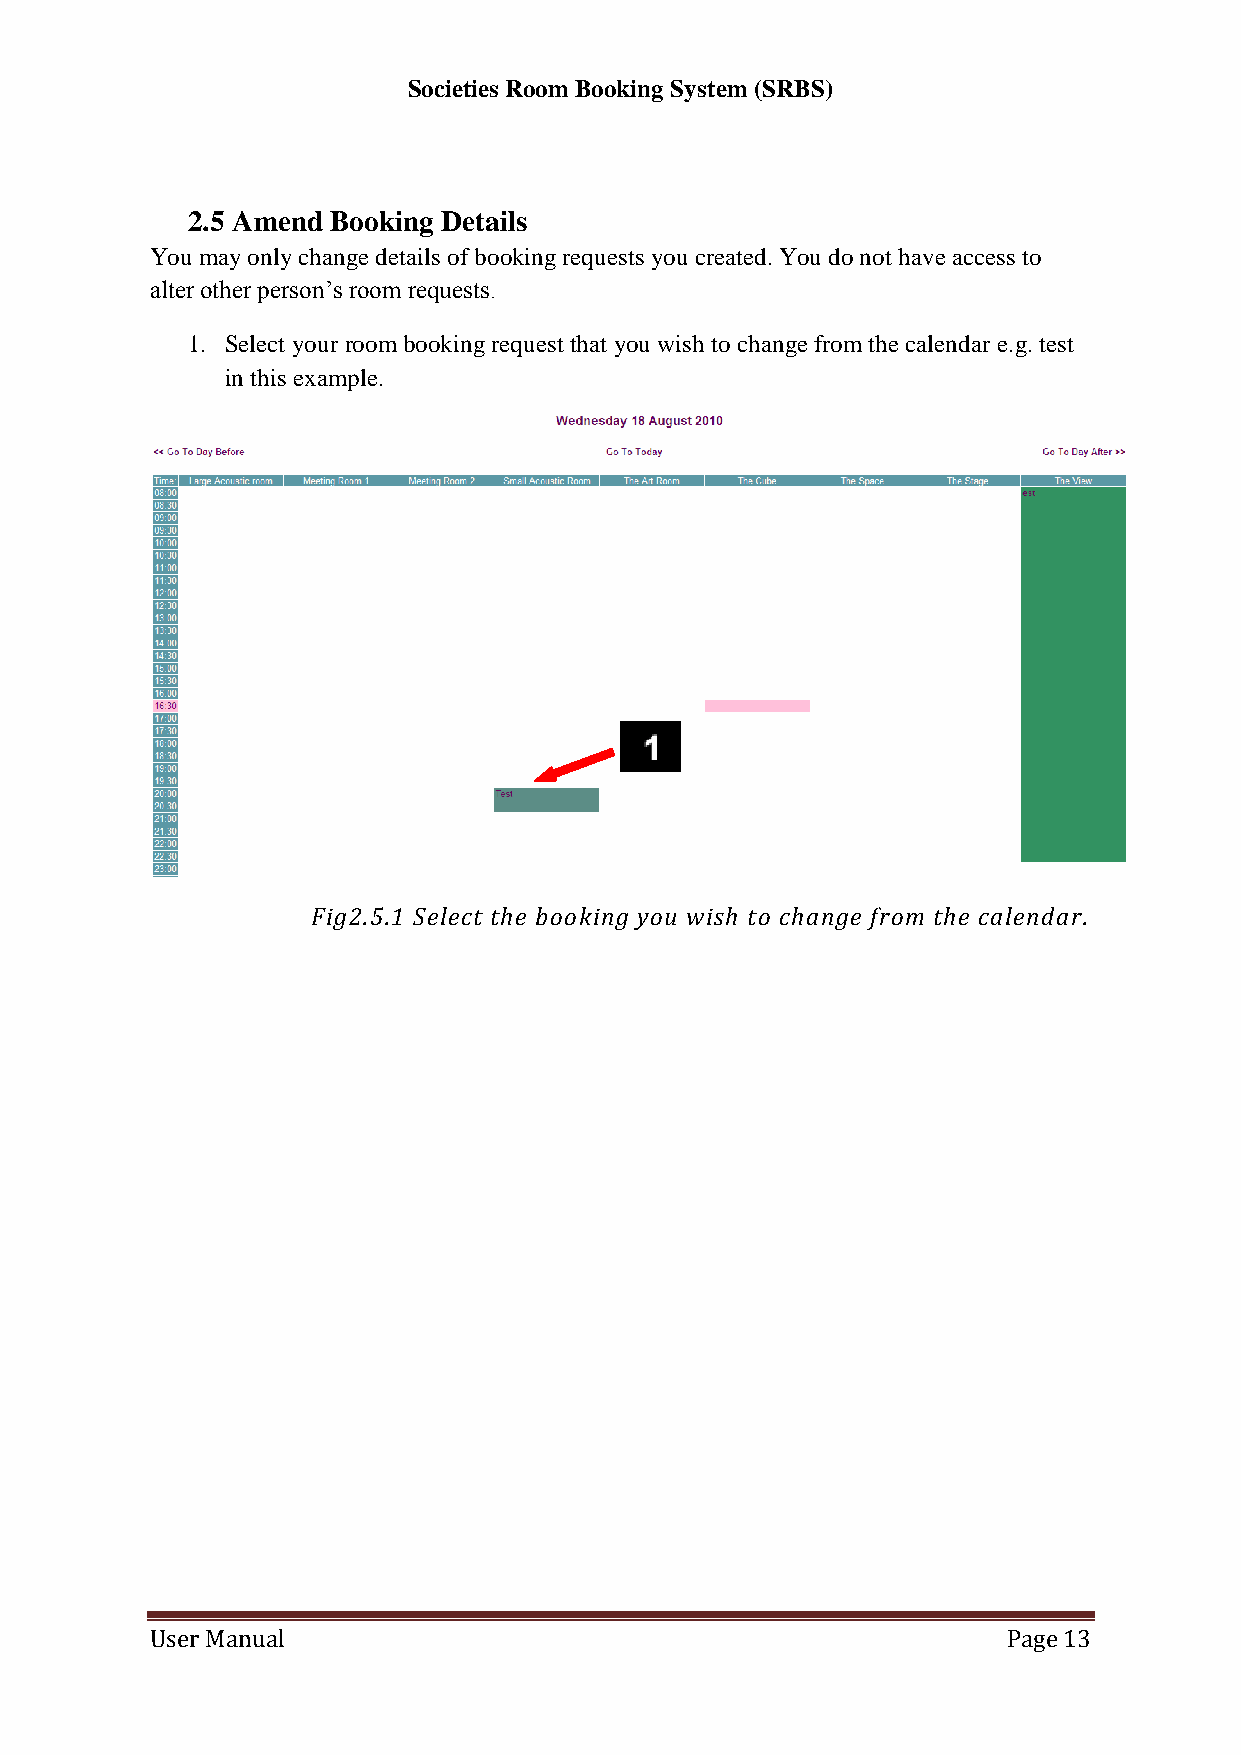
Societies Room Booking System (SRBS)
 2.5 Amend Booking Details
 You may only change details of booking requests you created. You do not have access to
 alter other person’s room requests.
 1. Select your room booking request that you wish to change from the calendar e.g. test
 in this example.
 Fig2.5.1 Select the booking you wish to change from the calendar.
 User Manual                                              Page 13